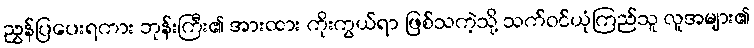
ညွှန်ပြပေးရကား ဘုန်းကြီး၏ အားထား ကိုးကွယ်ရာ ဖြစ်သကဲ့သို့ သက်ဝင်ယုံကြည်သူ လူအများ၏